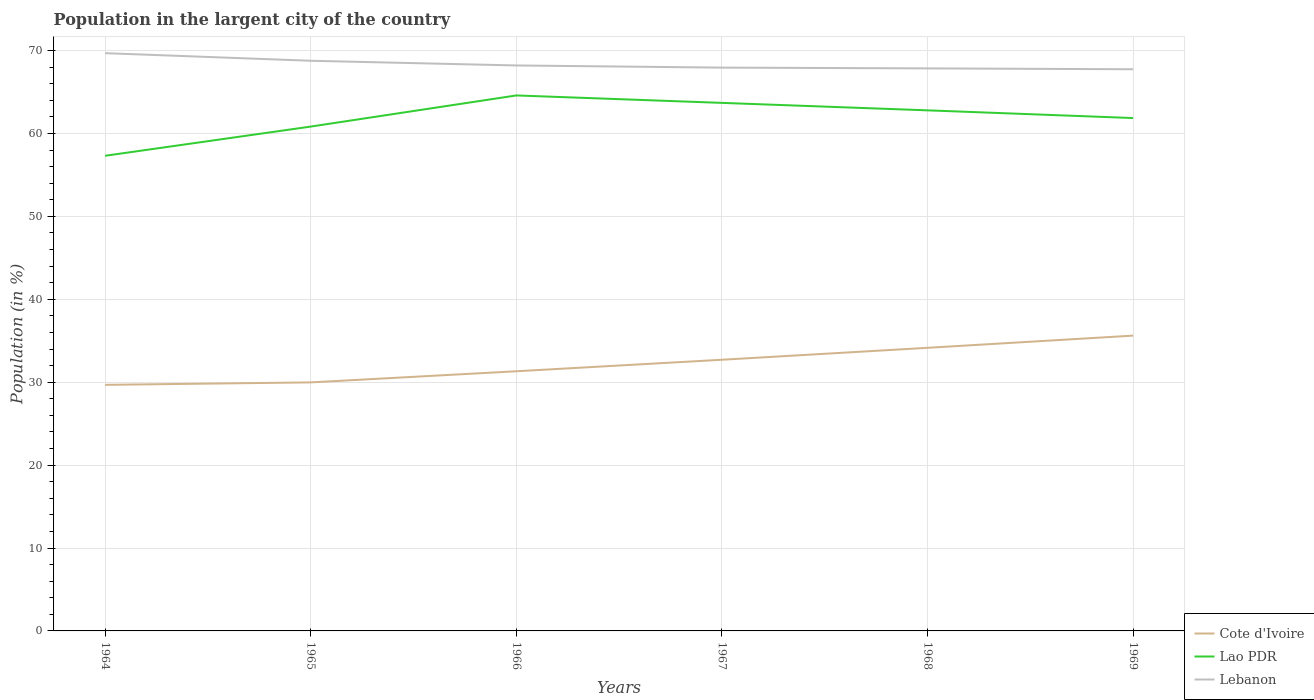
| Years | Cote d'Ivoire | Lao PDR | Lebanon |
 | --- | --- | --- | --- |
 | 1964 | 29.7 | 57.3 | 69.7 |
 | 1965 | 30 | 60.8 | 68.8 |
 | 1966 | 31.3 | 64.6 | 68.2 |
 | 1967 | 32.7 | 63.7 | 67.9 |
 | 1968 | 34.1 | 62.8 | 67.9 |
 | 1969 | 35.6 | 61.9 | 67.8 |